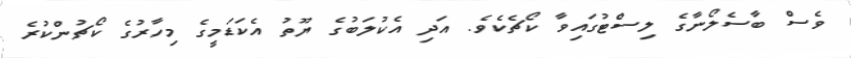
ވެސް ބާސެލޯނާގެ ލިސްޓުގައިވާ ކޯޗެކެވެ. އަދި އެކުލަބުގެ ޔޫތު އެކަޑަމީގެ މިހާރުގެ ކޯޗުންކުރެ